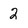
Character: 2